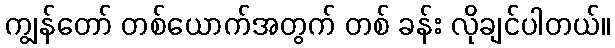
ကျွန်တော် တစ်ယောက်အတွက် တစ် ခန်း လိုချင်ပါတယ်။